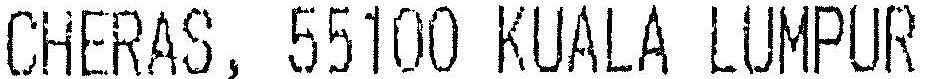
CHERAS, 55100 KUALA LUMPUR